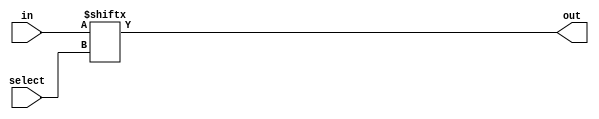
module mux_4X1(
input[N-1:0] in,
input[N/2-1:0] select,
output out
);

parameter N = 4;

wire[N-1:0] in;
wire[N/2-1:0] select;
wire out;

assign out = in[select];

endmodule